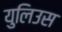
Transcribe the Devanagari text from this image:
युलिउस